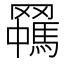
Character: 𱻈